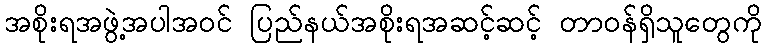
အစိုးရအဖွဲ့အပါအဝင် ပြည်နယ်အစိုးရအဆင့်ဆင့် တာဝန်ရှိသူတွေကို